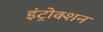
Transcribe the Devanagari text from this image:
इंट्रोक्शन